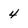
Character: 4